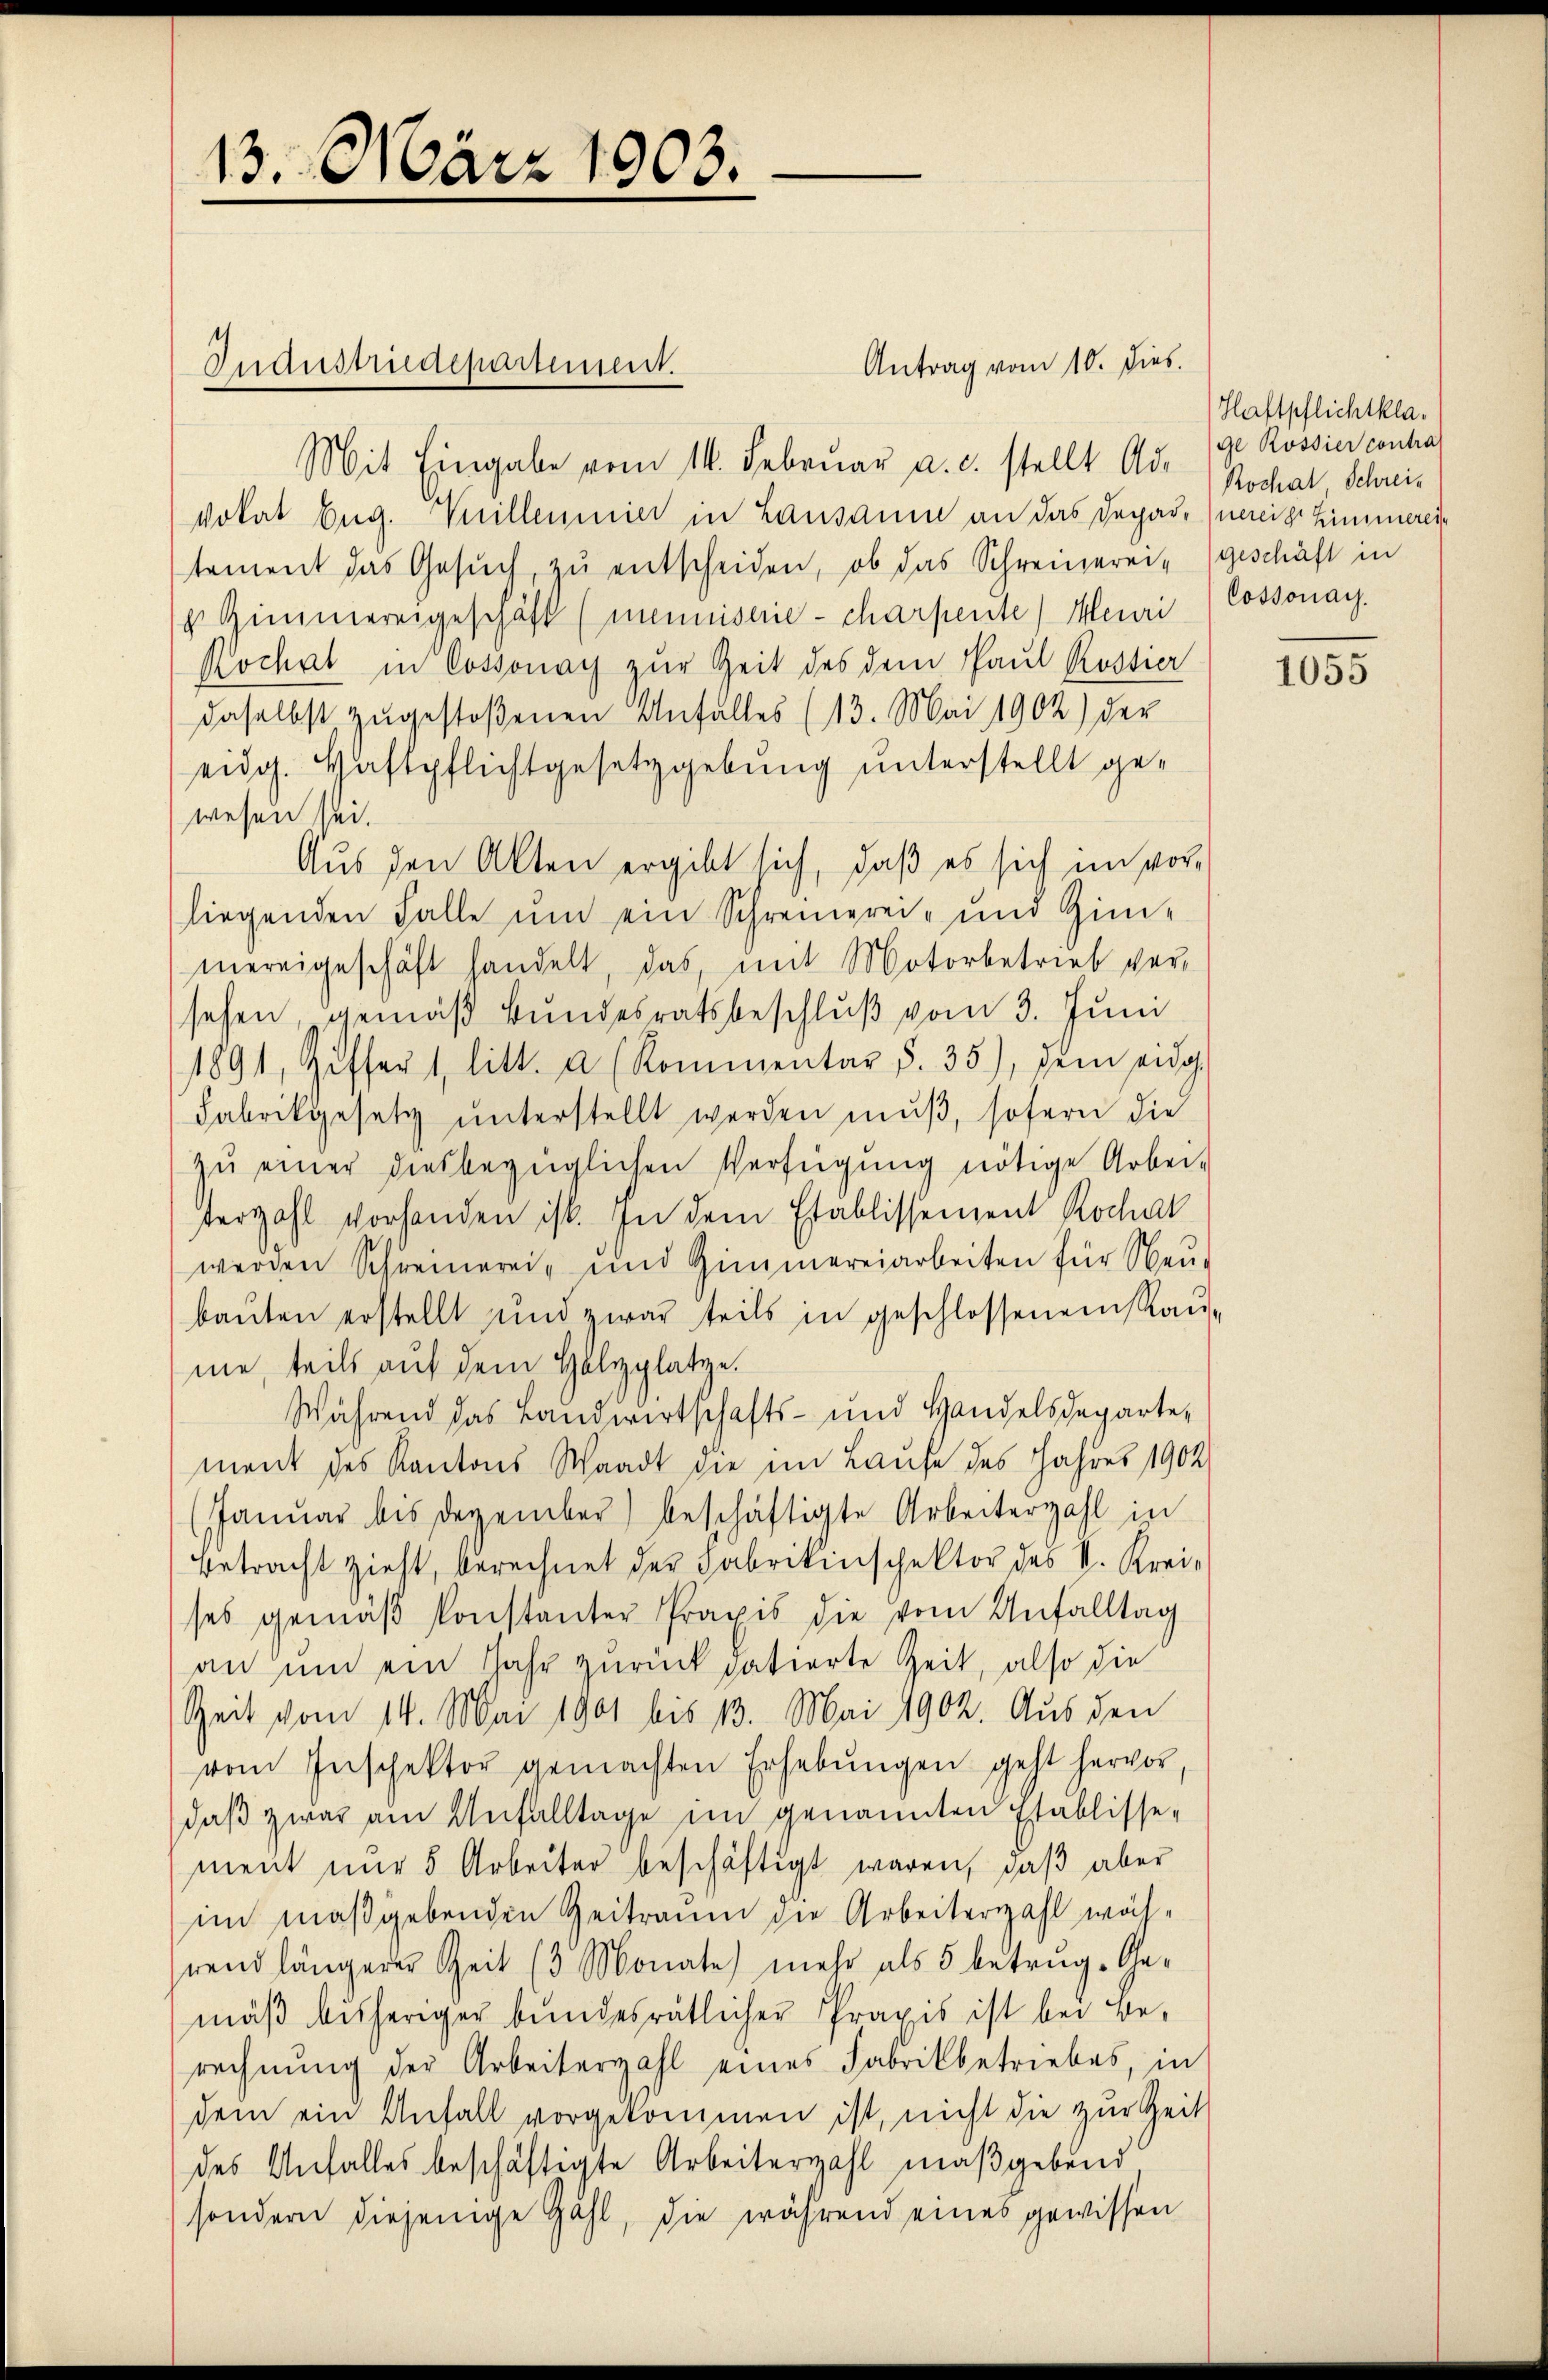
13. März 1903.

Industriedepartement.

Antrag vom 10. dies
Mit Eingabe vom 11. Februar a. c. stellt Ad. Kochal Schreivokat Eug. Vuillemnier in Lausanne an das Depar-Inerei Zimmeres
tement das Gesŭch zŭ entscheiden, ob das Schreinerei geschäft in
g. Zimmereigeschäft (meinistrie-charpente) Meuri Cossonay.
Kochat in Cossonay zur Zeit des dem Paul Rostier
daselbst zŭgestoßenen Unfall(...)(13. Mai 1902) der
eidg. Haftpflichtgesetzgebung unterstellt gewesen sei.
Aus den Alten ergibt sich, daß es sich im vorliegenden Falle ŭm ein Schreinerei- und Zim-
mereigeschäft handelt, das, mit Motorbetrieb ver-
sehen, gemäß Bundesratsbeschluß vom 3. Juni
1891, Ziffer 1 litt. a (Kommentar §. 35), dem eidg.
Fabrikgesetz unterstellt werden mŭβ, sofern die
zŭ einer diesbezüglichen Verfügung nötige Arbei-
terzahl vorhanden ist. In dem Etablissement Rochal
werden Schreinerei- und Zimmereiarbeiten für Neŭ-
bauten erstellt und zwar teils in geschlossenen Raume, teils auf dem Holzplatze.
Während das Landwirtschafts- und Handelsdeparte,
ment des Kantons Waadt die im Laufe des Jahres 1902
(Januar bis Dezember) beschäftigte Arbeiterzahl in
Betracht zieht, berechnet der Fabrikinspektor des V. Krei-
ses gemäβ Konstanter Praxis die vom Unfall(...)
an um ein Jahr zurück datierte Zeit, also die
Zeit vom 14. Mai 1901 bis 13. Mai 1902. Aus den
vom Inschektor gemachten Erhebŭngen geht hervor,
daß zwar am Anfalltage im genannten Etablisse-
ment nur 5 Arbeiter beschäftigt waren, daß aber
im maßgebenden Zeitraum die Arbeiterzahl während längerer Zeit (3 Monate) mehr als 5 betrug. Ge-
mäß bisheriger bundesrätlicher Praxis ist bei Be-
rechnung der Arbeiterzahl eines Fabrikbetriebes, in
dem ein Anfall vorgekommen ist, nicht die zur Zeit
des Anfalles beschäftigte Arbeiterzahl maßgebend
sondern diejenige Zahl, die während eines gewissen

Haftpflichtklage Rossier contral

1055